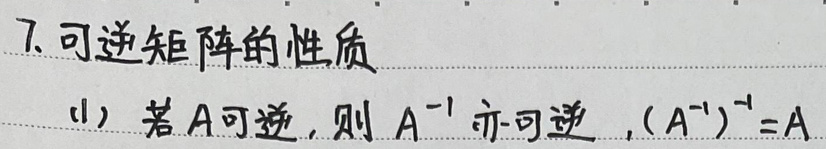
7. 可逆矩阵的性质

(1) 若\(A\)可逆，则\(A^{-1}\)亦可逆，\((A^{-1})^{-1}=A\)